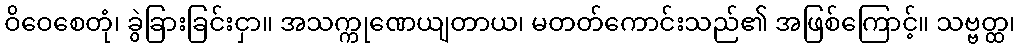
ဝိဝေစေတုံ၊ ခွဲခြားခြင်းငှာ။ အသက္ကုဏေယျတာယ၊ မတတ်ကောင်းသည်၏ အဖြစ်ကြောင့်။ သဗ္ဗတ္ထ၊